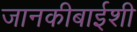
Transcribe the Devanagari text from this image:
जानकीबाईशी